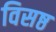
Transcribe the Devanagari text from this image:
विसष्ठ